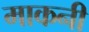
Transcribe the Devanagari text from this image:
माकनी